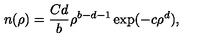
n ( \rho ) = \frac { C d } { b } \rho ^ { b - d - 1 } \exp ( - c \rho ^ { d } ) ,